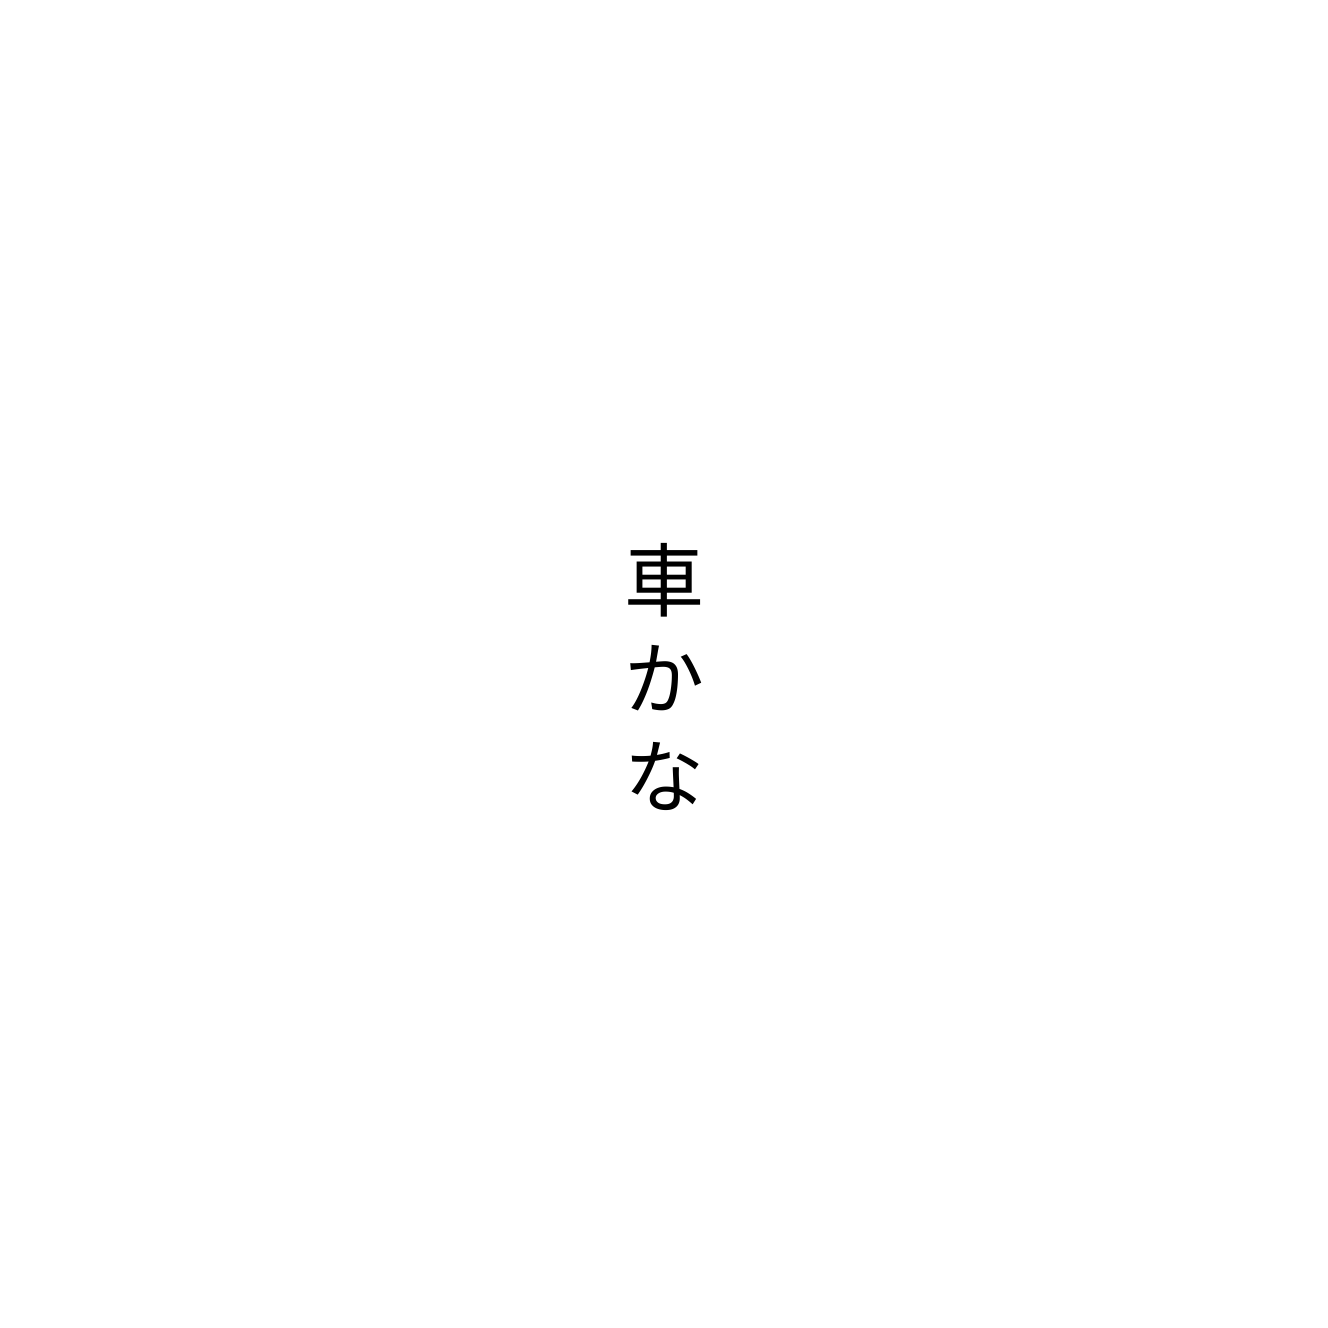
車かな